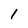
Character: 1